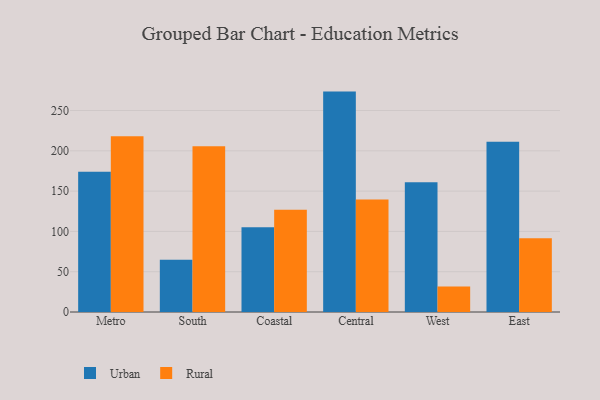
{"axis": {"x": "Region", "y": "Net Income (USD K)"}, "legend": ["Rural", "Urban"], "data": [{"x": "Metro", "y": 174.1, "type": "Urban"}, {"x": "Metro", "y": 218.2, "type": "Rural"}, {"x": "South", "y": 64.8, "type": "Urban"}, {"x": "South", "y": 205.7, "type": "Rural"}, {"x": "Coastal", "y": 105.2, "type": "Urban"}, {"x": "Coastal", "y": 127.0, "type": "Rural"}, {"x": "Central", "y": 273.5, "type": "Urban"}, {"x": "Central", "y": 139.7, "type": "Rural"}, {"x": "West", "y": 160.9, "type": "Urban"}, {"x": "West", "y": 31.5, "type": "Rural"}, {"x": "East", "y": 211.4, "type": "Urban"}, {"x": "East", "y": 91.5, "type": "Rural"}]}